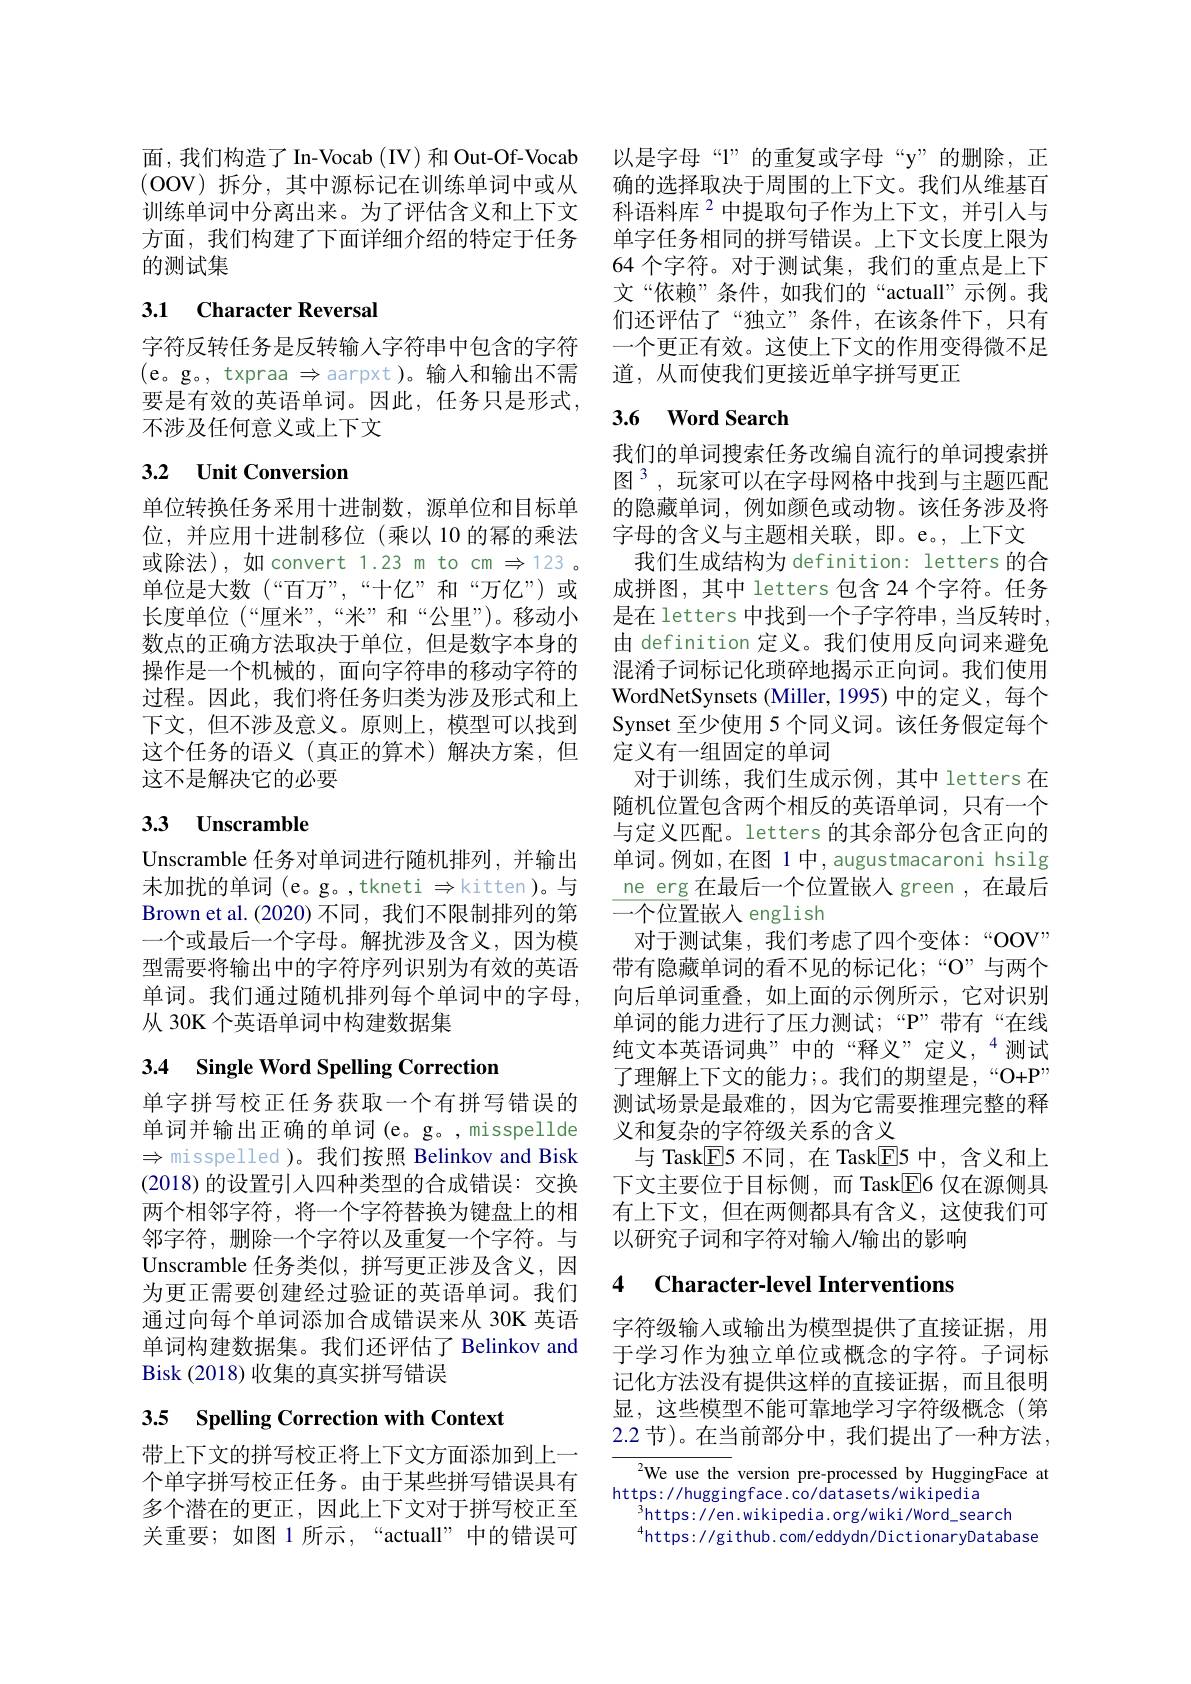
面，我们构造了In-Vocab (IV)和 Out-Of-Vocab 以是字母“l”的重复或字母“y”的删除，正(OOV)拆分，其中源标记在训练单词中或从 确的选择取决于周围的上下文。我们从维基百训练单词中分离出来。为了评估含义和上下文 科语料库$^{2}$中提取句子作为上下文，并引人与方面，我们构建了下面详细介绍的特定于任务 单字任务相同的拼写错误。上下文长度上限为的测试集

# 3.1 Character Reversal

字符反转任务是反转输入字符串中包含的字符(e。g。, txpraa $\Rightarrow$aarpxt)。输入和输出不需要是有效的英语单词。因此，任务只是形式， 不涉及任何意义或上下文

## 3.2 Unit Conversion

单位转换任务采用十进制数，源单位和目标单
位，并应用十进制移位(乘以 10 的幂的乘法 字母的含义与主题相关联，即。e。,上下文
或除法),如convert 1.23 m to cm $\Rightarrow123$ 。
单位是大数 (“百万”,“十亿”和“万亿”)或 成拼图，其中 letters 包含 24 个字符。任务长度单位 (“厘米”,“米”和“公里”)。移动小 是在 letters 中找到一个子字符串，当反转时， 数点的正确方法取决于单位，但是数字本身的操作是一个机械的，面向字符串的移动字符的过程。因此，我们将任务归类为涉及形式和上下文，但不涉及意义。原则上，模型可以找到这个任务的语义(真正的算术)解决方案，但这不是解决它的必要

# 3.3 Unscramble

Unscramble 任务对单词进行随机排列，并输出末加扰的单词 (e。g。,tkneti $\Rightarrow$kitten)。与Brown et al.(2020) 不同，我们不限制排列的第一个或最后一个字母。解扰涉及含义，因为模型需要将输出中的字符序列识别为有效的英语单词。我们通过随机排列每个单词中的字母， 从 30K 个英语单词中构建数据集

# 3.4 Single Word Spelling Correction

单字拼写校正任务获取一个有拼写错误的单词并输出正确的单词(e。g。,misspellde $\Rightarrow$misspelled )。我们按照 Belinkov and Bisk (2018)的设置引入四种类型的合成错误：交换两个相邻字符，将一个字符替换为键盘上的相邻字符，删除一个字符以及重复一个字符。与Unscramble 任务类似，拼写更正涉及含义，因为更正需要创建经过验证的英语单词。我们通过向每个单词添加合成错误来从 30K 英语单词构建数据集。我们还评估了 Belinkov and Bisk (2018)收集的真实拼写错误

# 3.5 Spelling Correction with Context

带上下文的拼写校正将上下文方面添加到上一个单字拼写校正任务。由于某些拼写错误具有多个潜在的更正，因此上下文对于拼写校正至关重要；如图 1 所示，“actuall”中的错误可

64 个字符。对于测试集，我们的重点是上下文“依赖”条件，如我们的“actuall”示例。我们还评估了“独立”条件，在该条件下，只有一个更正有效。这使上下文的作用变得微不足道，从而使我们更接近单字拼写更正

### 3.6 $\mathbf{WordSearch}$

我们的单词搜索任务改编自流行的单词搜索拼图$^{3}$,玩家可以在字母网格中找到与主题匹配的隐藏单词，例如颜色或动物。该任务涉及将我们生成结构为 definition: letters 的合由 definition 定义。我们使用反向词来避免混淆子词标记化琐碎地揭示正向词。我们使用WordNetSynsets (Miller, 1995) 中的定义，每个Synset 至少使用 5 个同义词。该任务假定每个定义有一组固定的单词
对于训练，我们生成示例，其中 letters 在随机位置包含两个相反的英语单词，只有一个与定义匹配。letters 的其余部分包含正向的单词。例如，在图 1 中，augustmacaroni hsilg ne erg 在最后一个位置嵌入 green ,在最后一个位置嵌入 english
对于测试集，我们考虑了四个变体：“OOV” 带有隐藏单词的看不见的标记化；“O”与两个向后单词重叠，如上面的示例所示，它对识别单词的能力进行了压力测试；“P”带有“在线纯文本英语词典”中的“释义”定义，$^{4}$测试了理解上下文的能力；。我们的期望是，“O+P” 测试场景是最难的，因为它需要推理完整的释义和复杂的字符级关系的含义
与 Task$\boxed{\mathrm{E}}$5 不同，在 Task$\boxed{\mathrm{E}}$5 中，含义和上下文主要位于目标侧，而 Task$\boxed{\mathrm{E}}$6 仅在源侧具有上下文，但在两侧都具有含义，这使我们可以研究子词和字符对输入/输出的影响

# 4 Character-level Interventions

字符级输入或输出为模型提供了直接证据，用于学习作为独立单位或概念的字符。子词标记化方法没有提供这样的直接证据，而且很明显，这些模型不能可靠地学习字符级概念(第2.2 节)。在当前部分中，我们提出了一种方法，

${{^2}}$We use the version pre-processed by HuggingFace at
https: / / huggingf ace. co/ datasets/ wikipedi a
$^3$https://en.wikipedia.org/wiki/Word\_search
$^{4}$https://github.com/eddydn/DictionaryDatabase